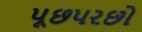
પૂછપરછો